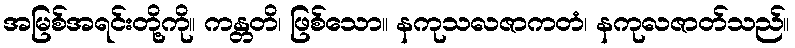
အမြစ်အရင်းတို့ကို။ ကန္တတိ၊ ဖြစ်သော။ နကုသလဇာကတံ၊ နကုလဇာတ်သည်။